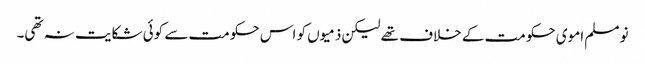
نو مسلم اموی حکومت کے خلاف تھے لیکن ذمیوں کو اس حکومت سے کوئی شکایت نہ تھی۔